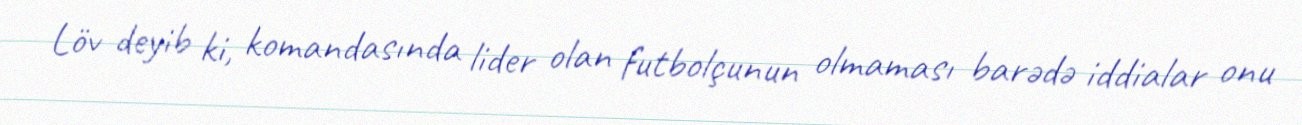
Löv deyib ki, komandasında lider olan futbolçunun olmaması barədə iddialar onu